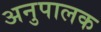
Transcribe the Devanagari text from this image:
अनुपालक